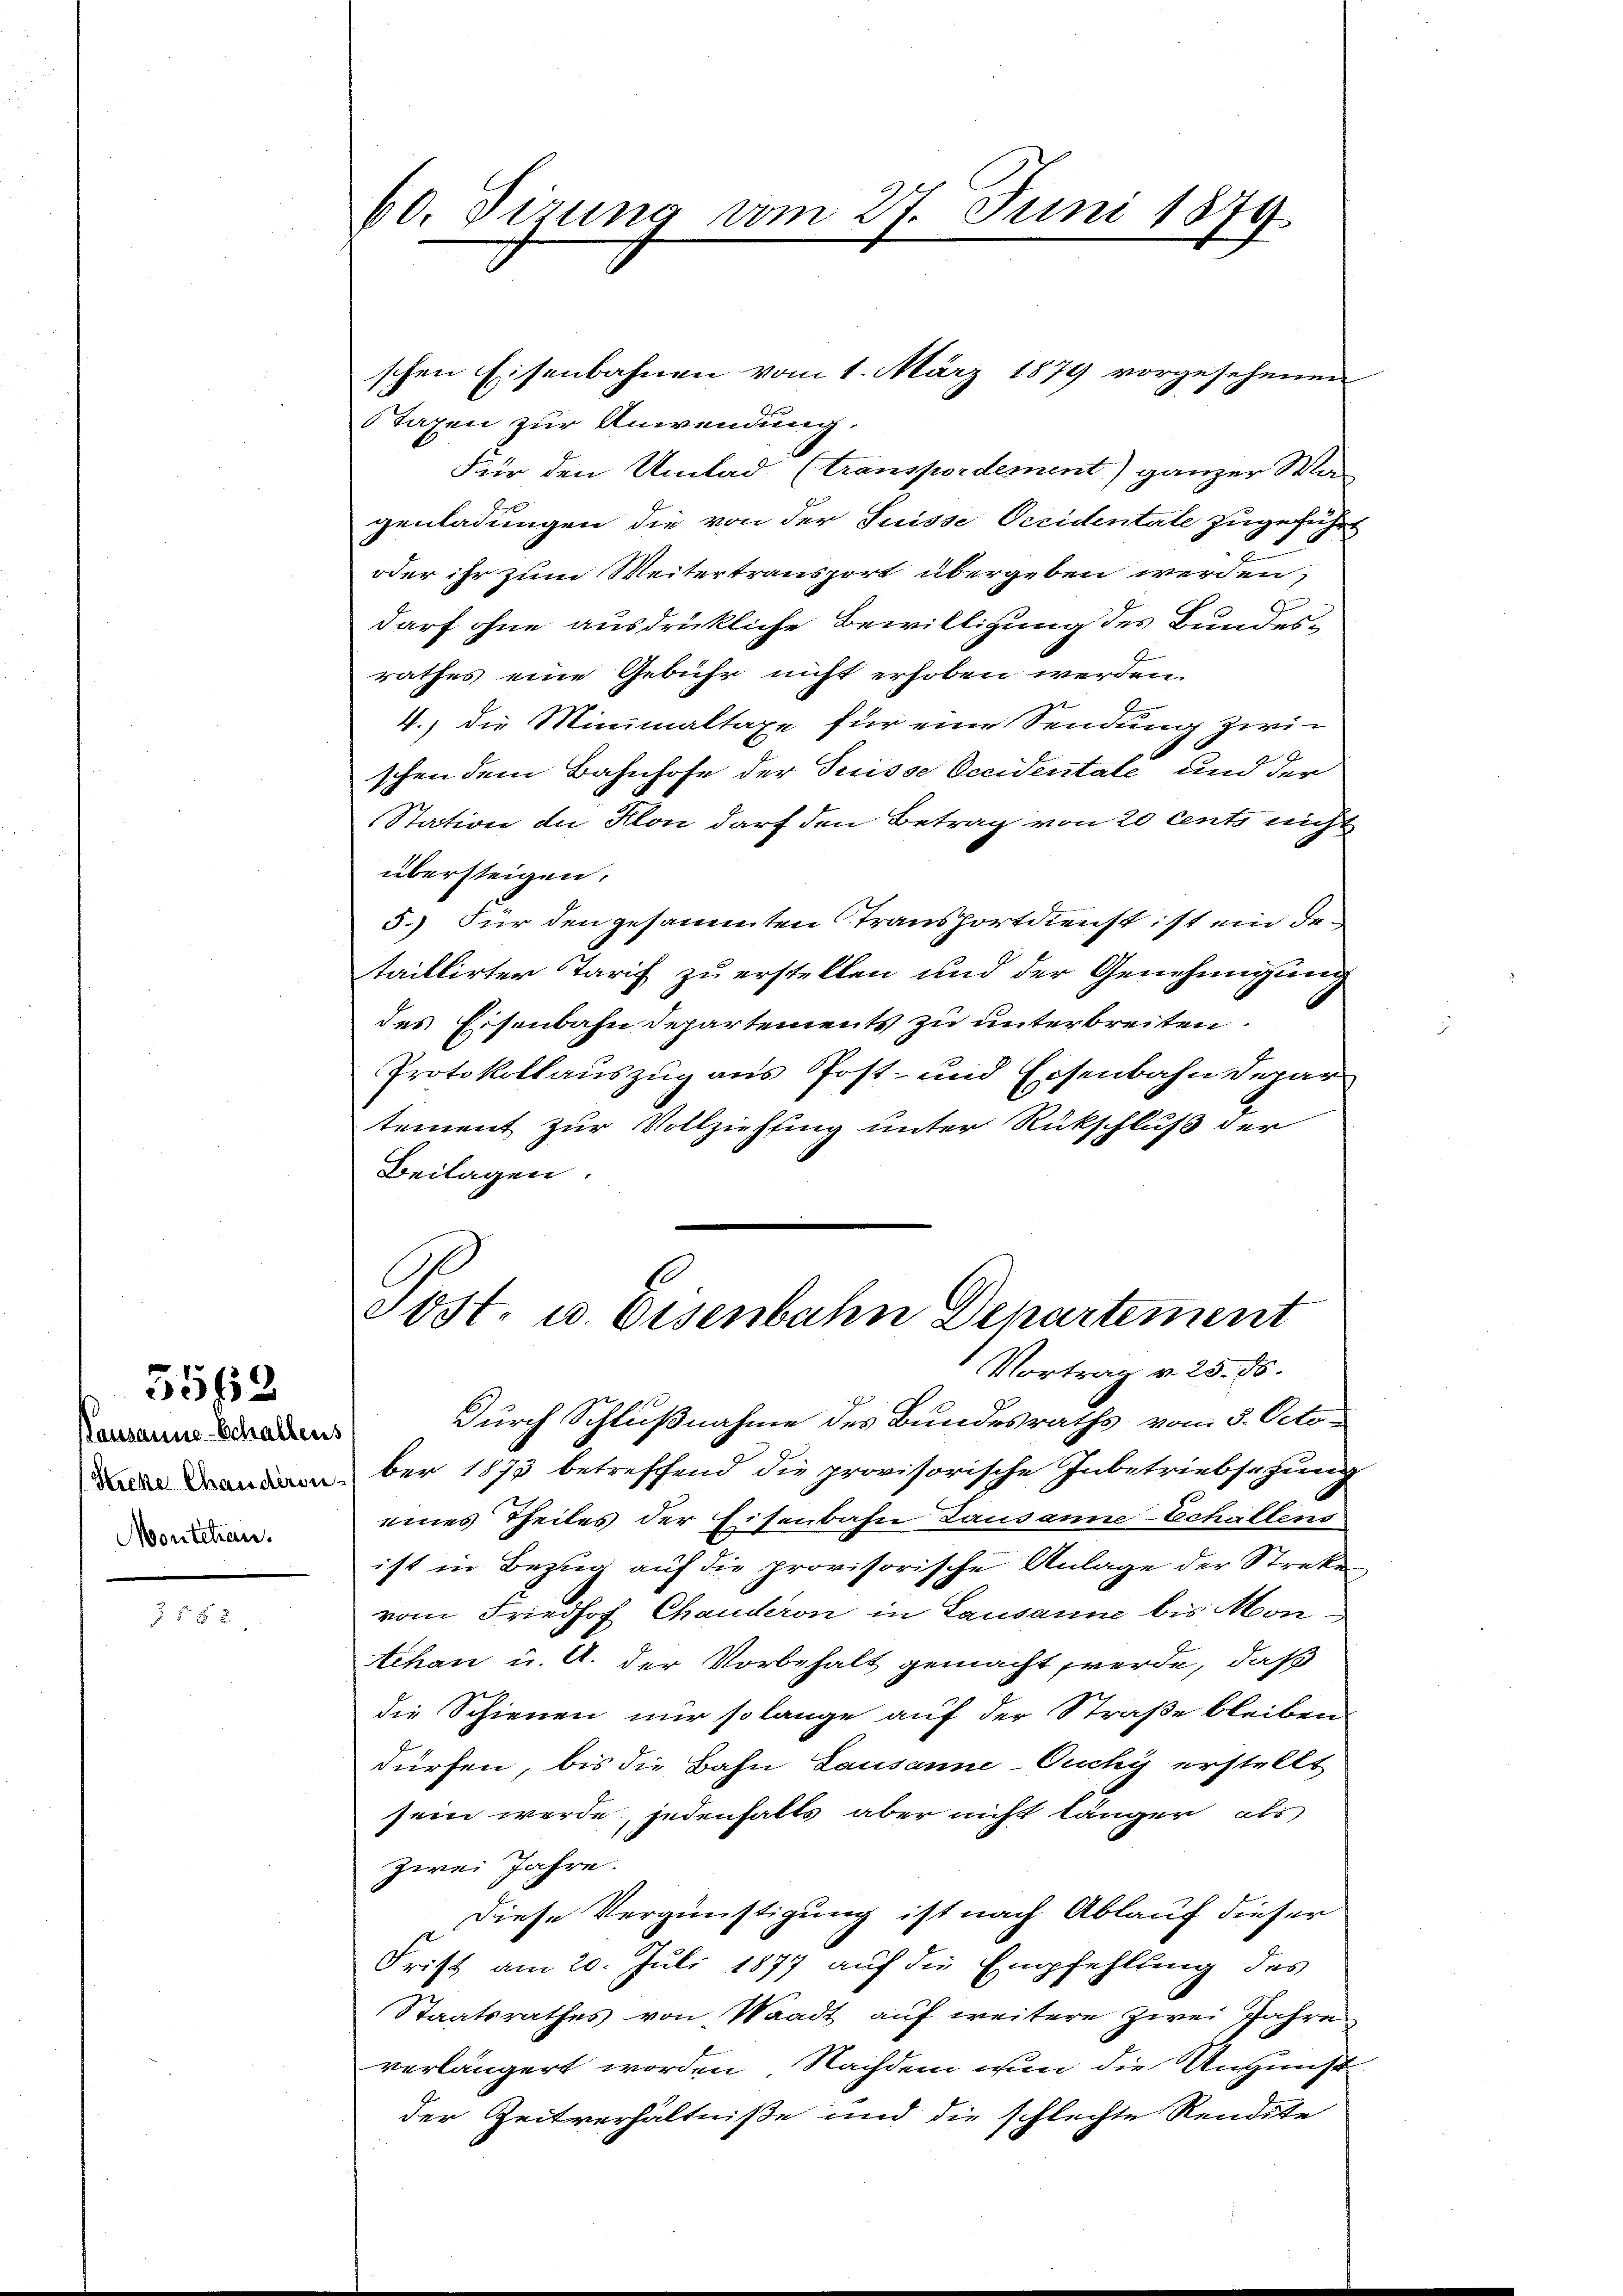
5562

Pausanne-Schaltens
Siche Chaudersi-
Mortchau.

58 x

60. Dizung vom 27. Juni 1879

schen Eisenbahnen vom 1. März 1879 vorgesehenen
Taxen zur Anwendung.
Für den Umlad. (transpordement) ganzer Wa
genladungen die von der Suisse Oeridentate zugeführt
oder ihr zum Weitertransport übergeben werden,
1
darf ohne ausdrückliche Bewilligung des Bundes-
G.
rathes eine Gebühr nicht erhoben werden.
4.) die Minimaltaxe für eine Sendung zwi-
schen dem Bahnhofe der Suisse Occidentale und der
Station an Klon darf den Betrag von 20 cents nicht
übersteigen.
5.) Für den gesammten Transfortdienst ist ein detaillirter Tarif zu erstellen und der Genehmigung
des Eisenbahndepartements zu unterbreiten.
Protokollauszug aus Post- und Eisenbahndepar
tement zur Vollziehung unter Rückschluß der
Beilagen.
E
cost. u. Eisenbahn Departement
Vortrag v. 25. 55.
Durch Schlußnahme des Bundesraths vom 5. October 1873 betreffend die provisorische Inbetriebsezung
eines Theiles der Eisenbahn Lausanne-Echallens
ist in Bezug auf die provisorische Anlage der Streke
vom Friedhof Chauderon in Lausanne bis Montekan u. A. der Vorbehalt gemacht werde, daß
die Schienen nur so lange auf der Straße bleiben
dürfen, bis die Bahn Lausanne-Ouchy erstellt
sein werde, jedenfalls aber nicht länger als
zwei Jahre.
Diese Vergünstigung ist nach Ablauf dieser
Frist am 20. Juli 1877 auf die Empfehlung des
Staatsrathes von Waadt aŭf weitere zwei Jahre
verlängert worden. Nachdem nun die Ansunst
der Zeitverhältniße und die schlechte Rendite